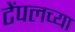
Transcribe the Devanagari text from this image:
टेंपलच्या